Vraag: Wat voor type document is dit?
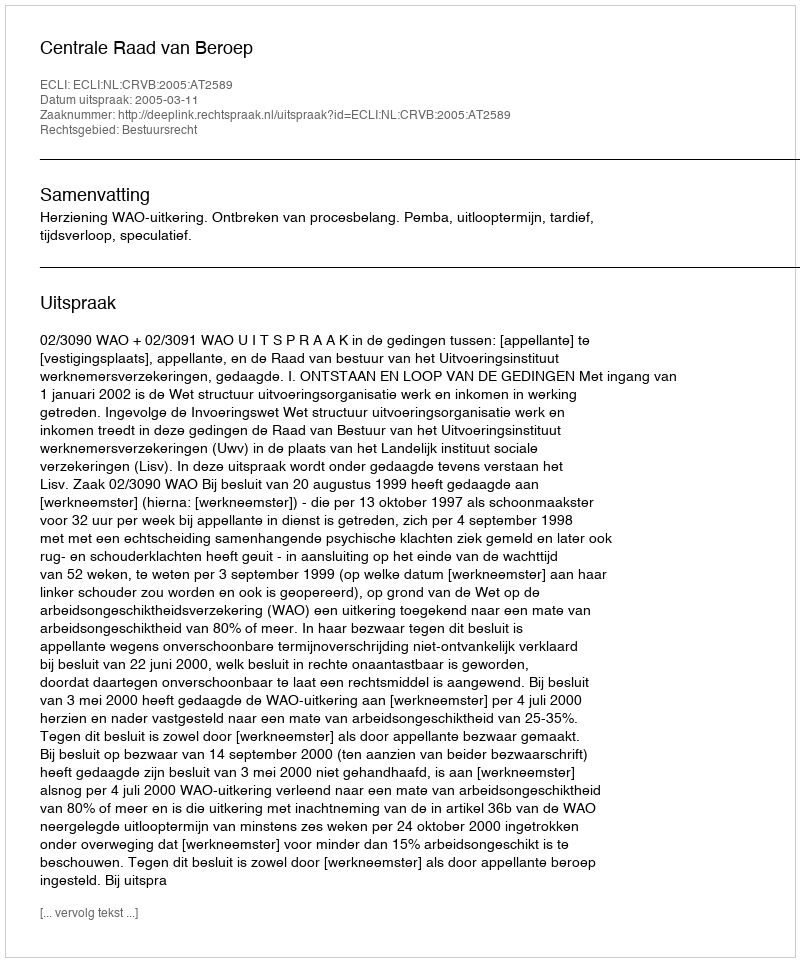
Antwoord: Uitspraak